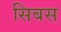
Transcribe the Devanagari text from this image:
सिबस